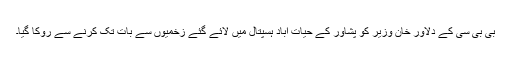
بی بی سی کے دلاور خان وزیر کو پشاور کے حیات آباد ہسپتال میں لائے گئے زخمیوں سے بات تک کرنے سے روکا گیا۔